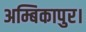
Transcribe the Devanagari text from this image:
अम्बिकापुर।